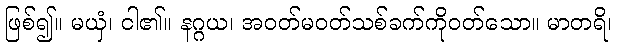
ဖြစ်၍။ မယှံ၊ ငါ၏။ နဂ္ဂယ၊ အဝတ်မဝတ်သစ်ခက်ကိုဝတ်သော။ မာတရိ၊